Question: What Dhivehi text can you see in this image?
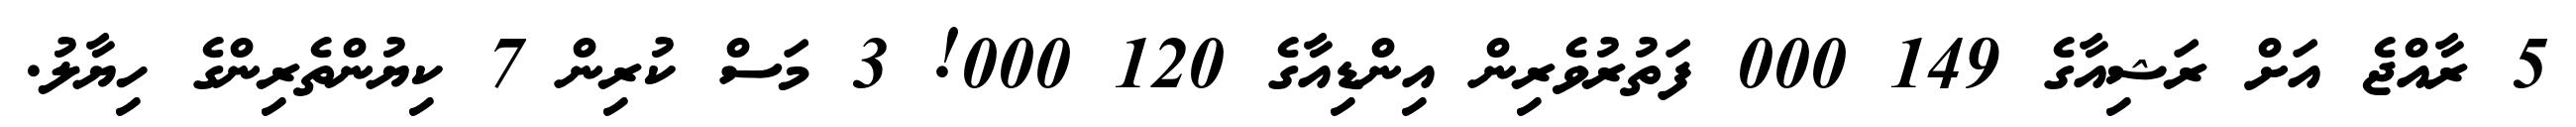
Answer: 5 ރާއްޖެ އަށް ރަޝިއާގެ 149 000 ފަތުރުވެރިން އިންޑިއާގެ 120 000! 3 މަސް ކުރިން 7 ކިޔުންތެރިންގެ ހިޔާލު.